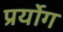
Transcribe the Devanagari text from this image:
प्रर्योग